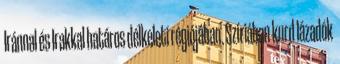
Iránnal és Irakkal határos délkeleti régiójában. Szíriában kurd lázadók